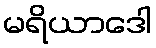
မရိယာဒေါ